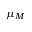
\mu _ { M }